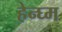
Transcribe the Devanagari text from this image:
हेन्घ्म